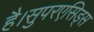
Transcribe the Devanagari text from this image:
है।सुपरएसिड्स